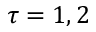
\tau = 1 , 2